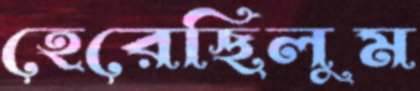
হেরেছিলুম